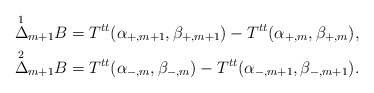
\begin{align*} \overset{1}{\Delta}_{m+1}B&=T^{tt}(\alpha_{+,m+1},\beta_{+,m+1})-T^{tt}(\alpha_{+,m},\beta_{+,m}),\\ \overset{2}{\Delta}_{m+1}B&=T^{tt}(\alpha_{-,m},\beta_{-,m})-T^{tt}(\alpha_{-,m+1},\beta_{-,m+1}).\end{align*}